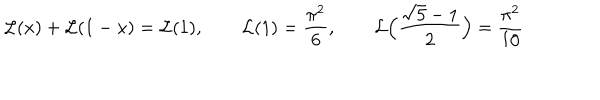
{ \cal L } ( x ) + { \cal L } ( 1 - x ) = { \cal L } ( 1 ) , \qquad { \cal L } ( 1 ) = { \frac { \pi ^ { 2 } } { 6 } } , \qquad { \cal L } \Big ( { \frac { \sqrt { 5 } - 1 } { 2 } } \Big ) = { \frac { \pi ^ { 2 } } { 1 0 } }